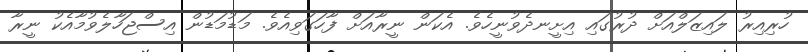
ހުރިއިރު ލައިޒަލްއަށް ދުރުގައި އިށީނދެވުނީހެވެ. އެކަން ނީރާއަށް ފާހަގަވިއެވެ. މަޑުމަޑުން އިސްޖަހާލެވުމާއެކު ނީރާ